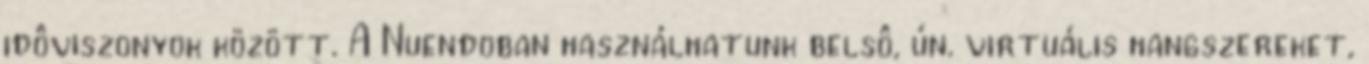
idôviszonyok között. A Nuendoban használhatunk belsô, ún. virtuális hangszereket,